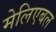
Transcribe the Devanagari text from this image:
मेलिएबल